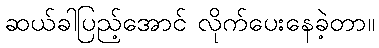
ဆယ်ခါပြည့်အောင် လိုက်ပေးနေခဲ့တာ။